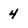
Character: 4